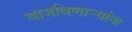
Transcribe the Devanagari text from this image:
वाजविणार्‍यांना